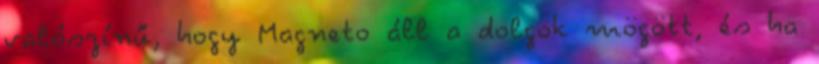
valószínű, hogy Magneto áll a dolgok mögött, és ha